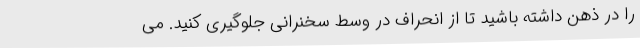
را در ذهن داشته باشید تا از انحراف در وسط سخنرانی جلوگیری کنید. می